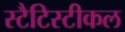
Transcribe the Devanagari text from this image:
स्टैटिस्टीकल